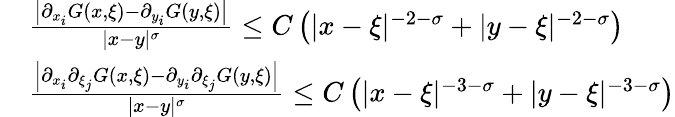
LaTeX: \begin{array}{r}{\begin{array}{rl}&{\frac{\left|\partial_{x_{i}}G(x,\xi)-\partial_{y_{i}}G(y,\xi)\right|}{|x-y|^{\sigma}}\leq C\left(|x-\xi|^{-2-\sigma}+|y-\xi|^{-2-\sigma}\right)}\\ &{\frac{\left|\partial_{x_{i}}\partial_{\xi_{j}}G(x,\xi)-\partial_{y_{i}}\partial_{\xi_{j}}G(y,\xi)\right|}{|x-y|^{\sigma}}\leq C\left(|x-\xi|^{-3-\sigma}+|y-\xi|^{-3-\sigma}\right)}\end{array}}\end{array}